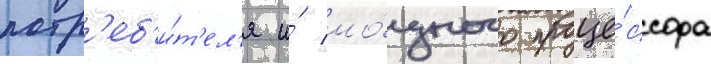
потр'еб'и́т'ел'я и́ мо́щного проце́ссора